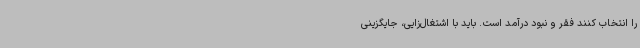
را انتخاب کنند فقر و نبود درآمد است. باید با اشتغال‌زایی، جایگزینی